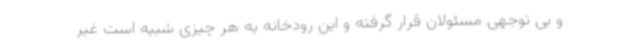
و بی توجهی مسئولان قرار گرفته و این رودخانه به هر چیزی شبیه است غیر